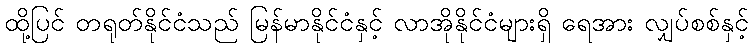
ထို့ပြင် တရုတ်နိုင်ငံသည် မြန်မာနိုင်ငံနှင့် လာအိုနိုင်ငံများရှိ ရေအား လျှပ်စစ်နှင့်